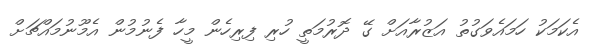
އެކަމަކު ހަމައެވަގުތު އަޒުރާއަށް ގޭ ދޮރުމަތީ ހުރި ފިރިހެން މީހާ ފެނުމުން އެމޫނުމައްޗަށް